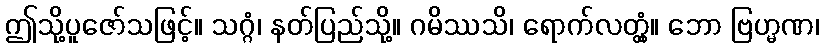
ဤသို့ပူဇော်သဖြင့်။ သဂ္ဂံ၊ နတ်ပြည်သို့။ ဂမိဿသိ၊ ရောက်လတ္တံ့။ ဘော ဗြဟ္မဏ၊